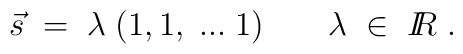
\vec{s} \; = \; \lambda \; ( 1,1, \; ... \; 1 )\; \; \; \; \; \; \; \lambda \; \in \; I\!\!R \; .